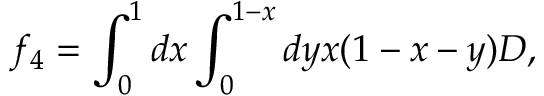
f _ { 4 } = \int _ { 0 } ^ { 1 } d x \int _ { 0 } ^ { 1 - x } d y x ( 1 - x - y ) D ,